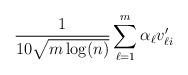
LaTeX: \begin{align*}\frac{1}{10\sqrt{m\log(n)}} \sum_{\ell =1}^{m} \alpha_\ell v_{\ell i}'\end{align*}